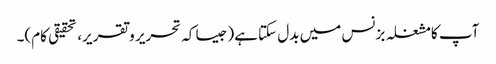
آپ کامشغلہ بزنس میں بدل سکتا ہے(جیسا کہ تحریر و تقریر، تحقیقی کام)۔